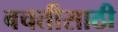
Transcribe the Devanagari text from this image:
बचतीसाठी